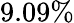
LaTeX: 9.09\%